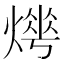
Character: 𤍺